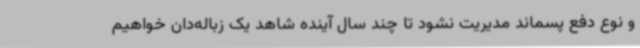
و نوع دفع پسماند مدیریت نشود تا چند سال آینده شاهد یک زباله‌دان خواهیم